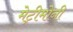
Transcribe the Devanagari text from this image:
मेट्रीमोनी